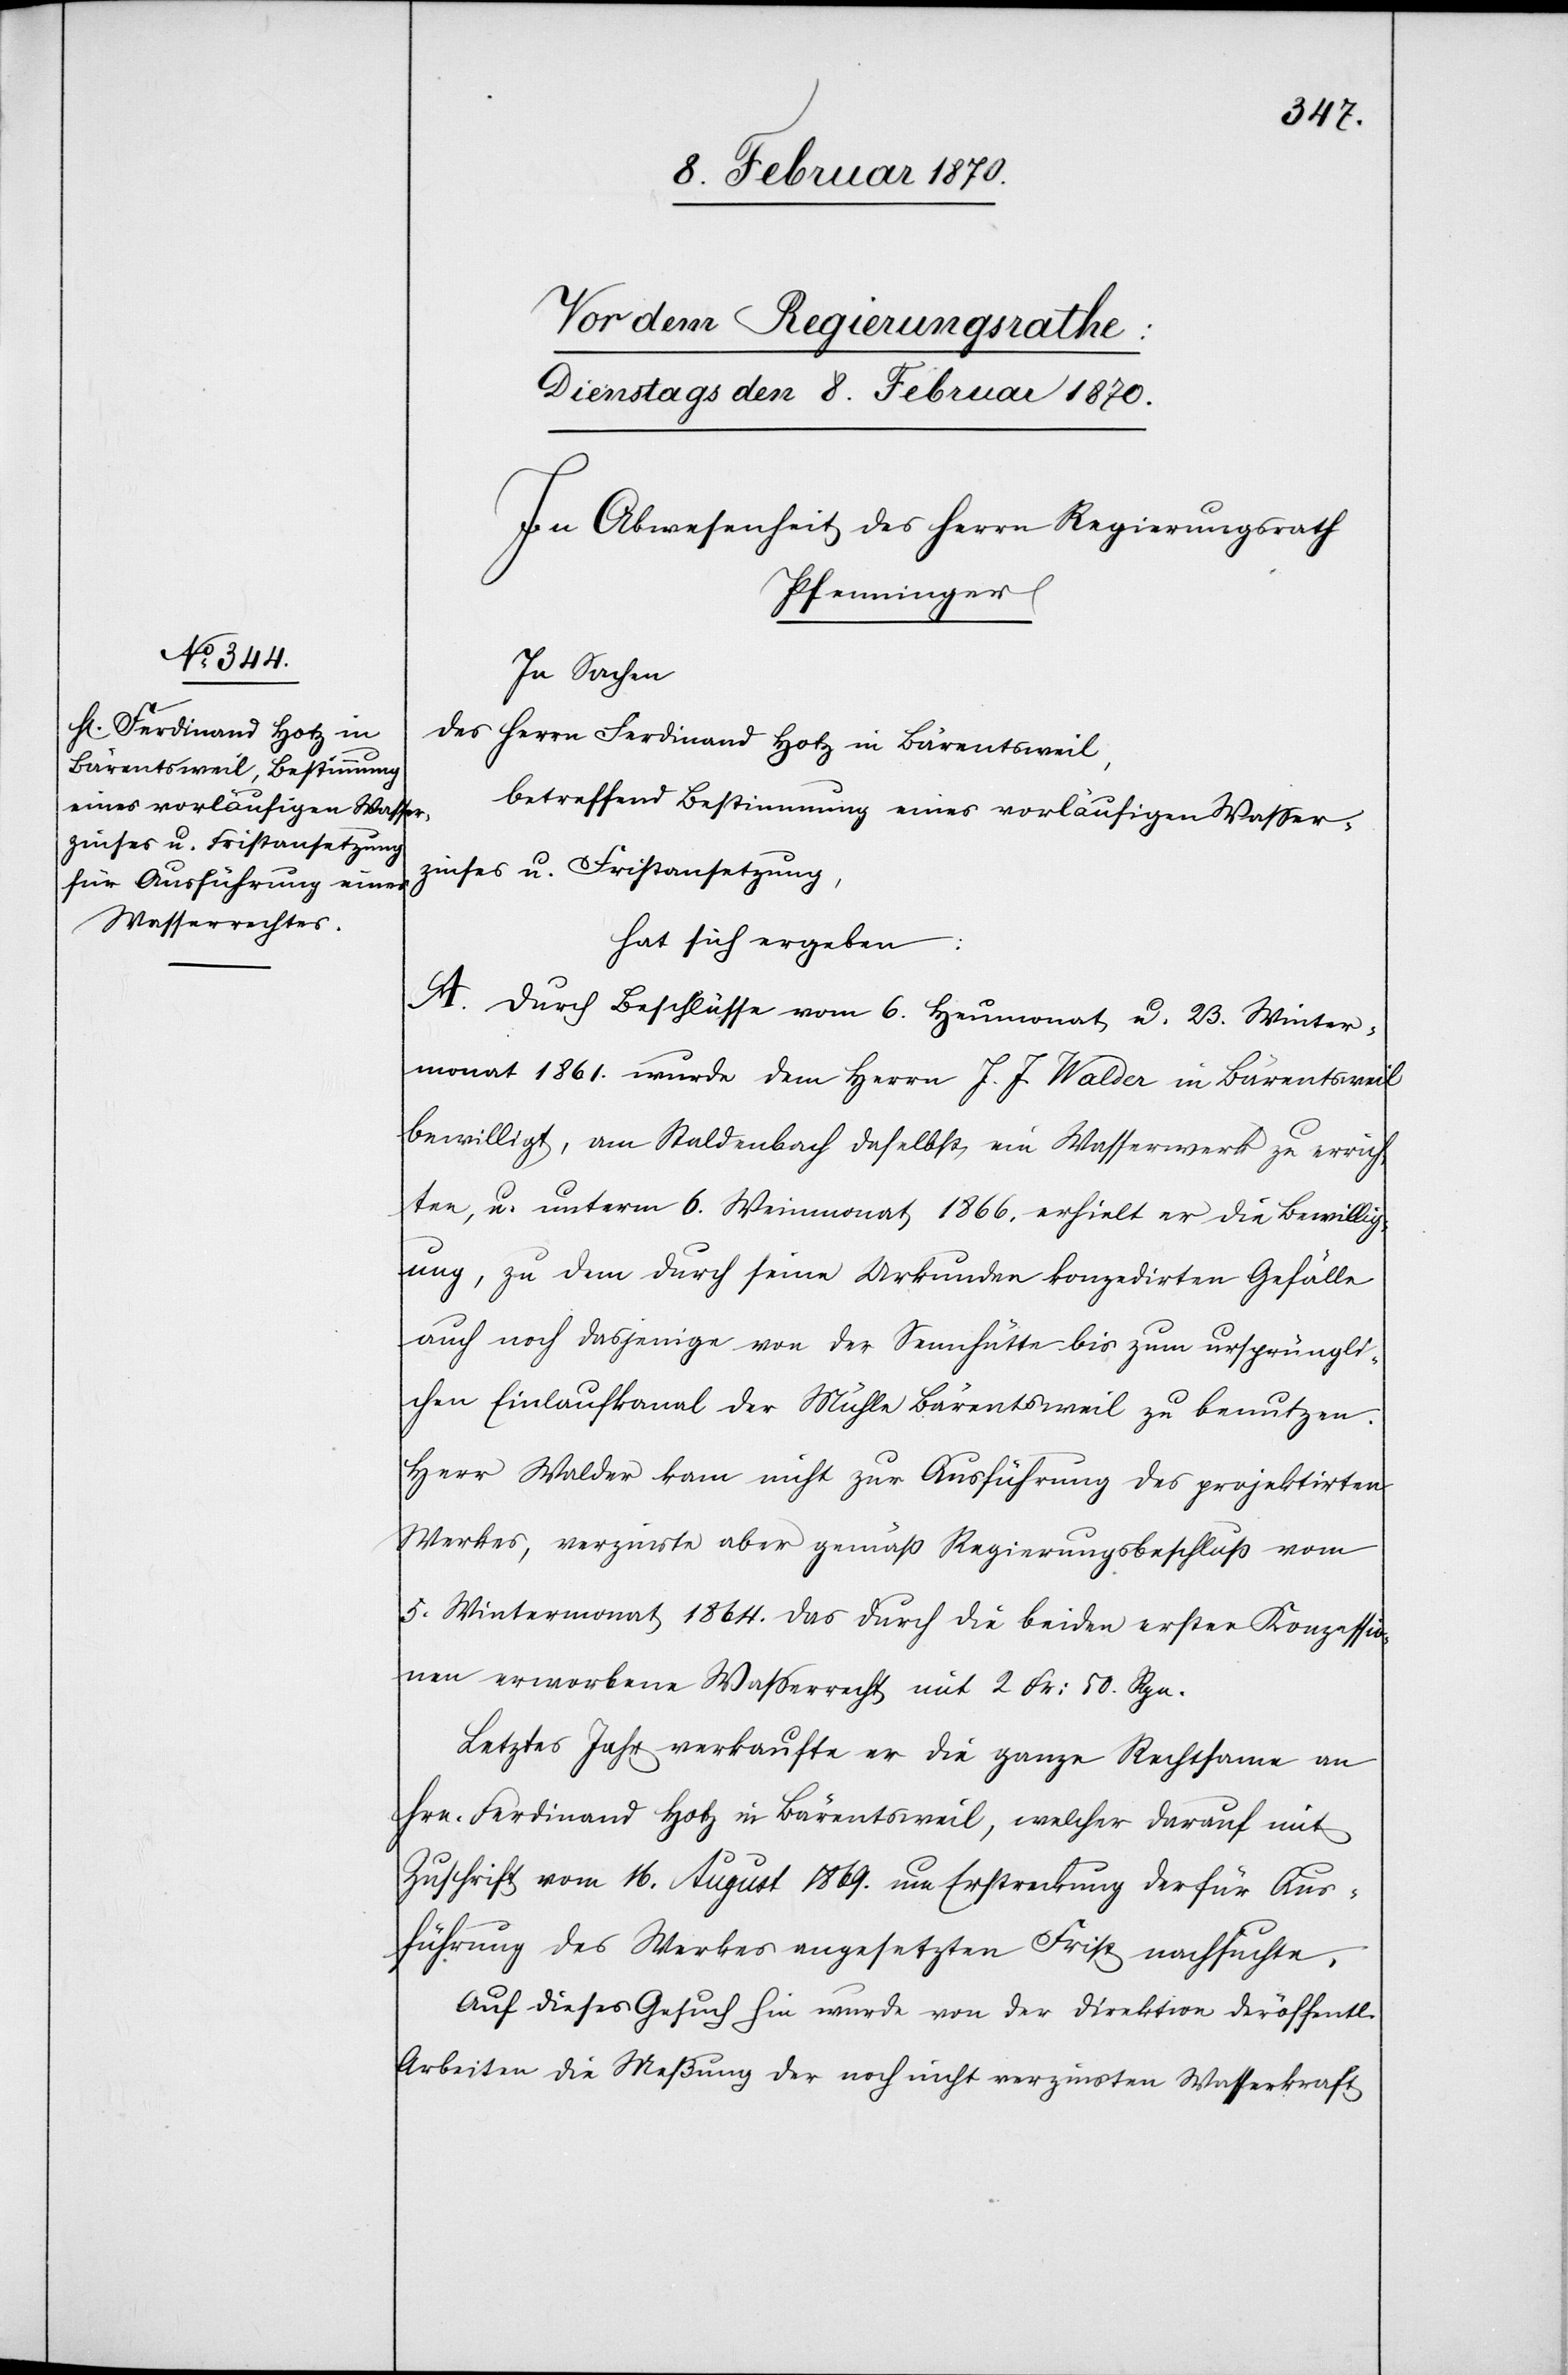
In Sachen
des Herrn Ferdinand Hotz in Bärentsweil,
betreffend Bestimmung eines vorläufigen Wasser¬
zinses u. Fristensetzung,
hat sich ergeben:
A. Durch Beschlüsse vom 6. Heumonat u. 23. Winter¬
monat 1861. wurde dem Herrn J. J. Walder in Bärentsweil
bewilligt, am Staldenbach daselbst ein Wasserwerk zu errich¬
ten, u. unterm 6. Weinmonat 1866. erhielt er die Bewillig¬
ung, zu dem durch seine Urkunden konzedirten Gefälle
auch noch dasjenige von der Sennhütte bis zum ursprüngli¬
chen Einlaufkanal der Mühle Bärentsweil zu benutzen.
Herr Walder kam nicht zur Ausführung des projektirten
Werkes, verzinste aber gemäss Regierungsbeschluß vom
5. Wintermonat 1864. das durch die beiden ersten Konzessio¬
nen erworbene Wasserrecht mit 2 Fr: 50. Rpn.
Letztes Jahr verkaufte er die ganze Rechtsame an
Hrn. Ferdinand Hotz in Bärentsweil, welcher darauf mit
Zuschrift vom 16. August 1869. um Erstreckung der für Aus¬
führung des Werkes angesetzten Frist nachsuchte.
Auf dieses Gesuch hin wurde von der Direktion der öffentl.
Arbeiten die Meßung der noch nicht verzinsten Wasserkraft